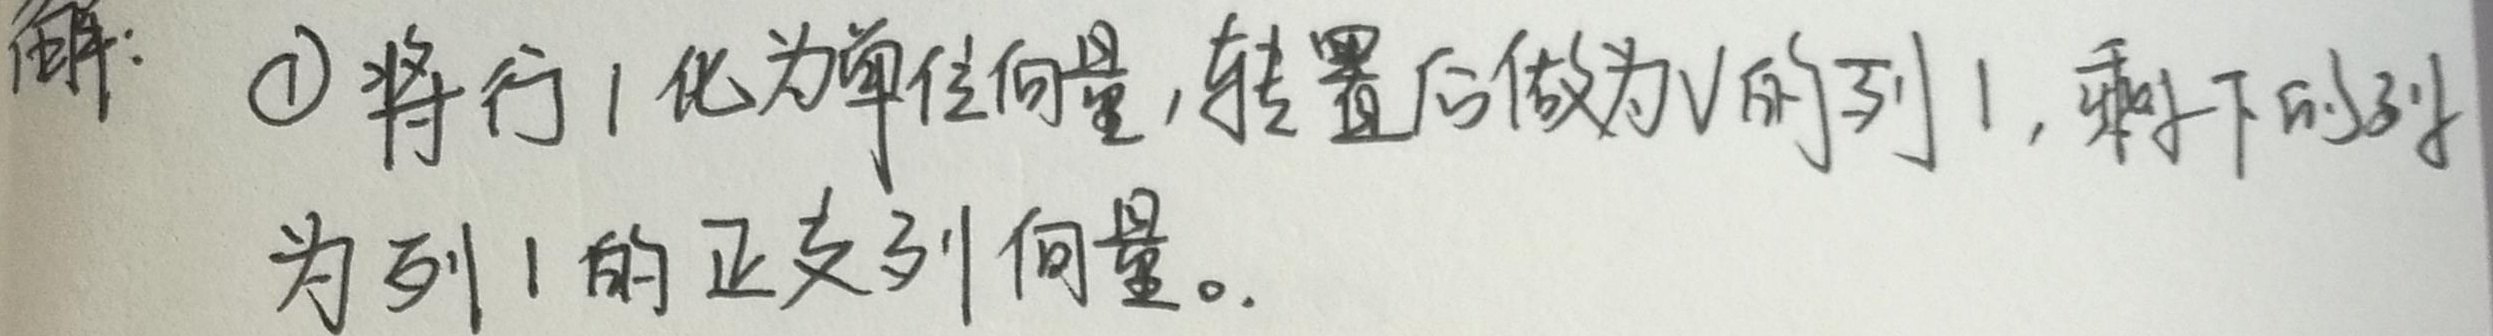
解：\textcircled{1}将行1化为单位向量，转置后做为\(V\)的列1，剩下的列为列1的正交列向量。